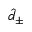
\hat { d } _ { \pm }